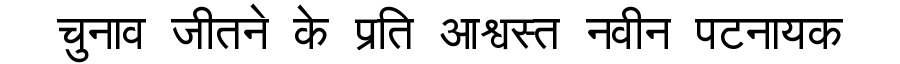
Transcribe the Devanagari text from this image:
चुनाव जीतने के प्रति आश्वस्त नवीन पटनायक